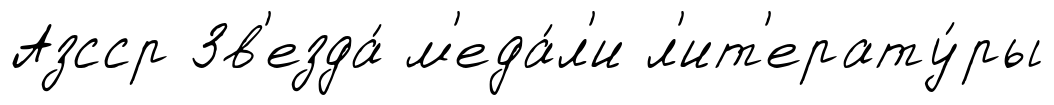
Азсср Зв'езда́ м'еда́л'и л'ит'ерату́ры